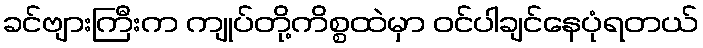
ခင်ဗျားကြီးက ကျုပ်တို့ကိစ္စထဲမှာ ဝင်ပါချင်နေပုံရတယ်